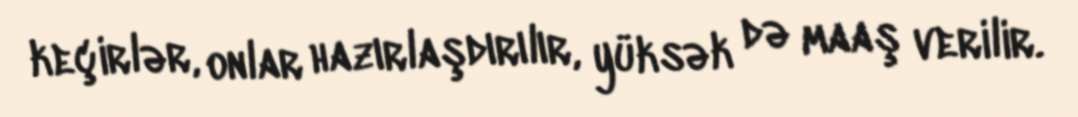
keçirlər, onlar hazırlaşdırılır, yüksək də maaş verilir.